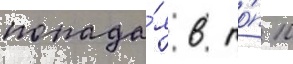
попада́я в то́п 10